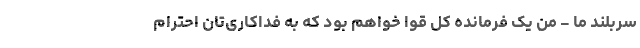
سربلند ما - من یک فرمانده کل قوا خواهم بود که به فداکاری‌تان احترام